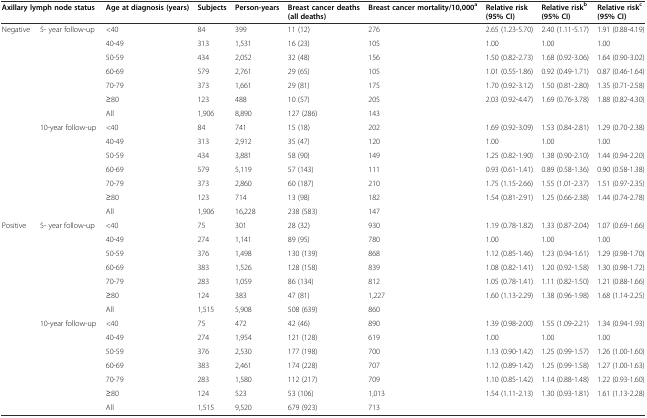
<table><thead><tr><td colspan="2"><b>Axillary lymph node status</b></td><td><b>Age at diagnosis (years)</b></td><td><b>Subjects</b></td><td><b>Person-years</b></td><td><b>Breast cancer deaths (all deaths)</b></td><td><b>Breast cancer mortality/10,000<sup>a</sup></b></td><td><b>Relative risk (95% CI)</b></td><td><b>Relative risk<sup>b</sup>(95% CI)</b></td><td><b>Relative risk<sup>c</sup>(95% CI)</b></td></tr></thead><tbody><tr><td>Negative</td><td>5- year follow-up</td><td>&lt;40</td><td>84</td><td>399</td><td>11 (12)</td><td>276</td><td>2.65 (1.23-5.70)</td><td>2.40 (1.11-5.17)</td><td>1.91 (0.88-4.19)</td></tr><tr><td></td><td></td><td>40-49</td><td>313</td><td>1,531</td><td>16 (23)</td><td>105</td><td>1.00</td><td>1.00</td><td>1.00</td></tr><tr><td></td><td></td><td>50-59</td><td>434</td><td>2,052</td><td>32 (48)</td><td>156</td><td>1.50 (0.82-2.73)</td><td>1.68 (0.92-3.06)</td><td>1.64 (0.90-3.02)</td></tr><tr><td></td><td></td><td>60-69</td><td>579</td><td>2,761</td><td>29 (65)</td><td>105</td><td>1.01 (0.55-1.86)</td><td>0.92 (0.49-1.71)</td><td>0.87 (0.46-1.64)</td></tr><tr><td></td><td></td><td>70-79</td><td>373</td><td>1,661</td><td>29 (81)</td><td>175</td><td>1.70 (0.92-3.12)</td><td>1.50 (0.81-2.80)</td><td>1.35 (0.71-2.58)</td></tr><tr><td></td><td></td><td>≥80</td><td>123</td><td>488</td><td>10 (57)</td><td>205</td><td>2.03 (0.92-4.47)</td><td>1.69 (0.76-3.78)</td><td>1.88 (0.82-4.30)</td></tr><tr><td></td><td></td><td>All</td><td>1,906</td><td>8,890</td><td>127 (286)</td><td>143</td><td></td><td></td><td></td></tr><tr><td></td><td>10-year follow-up</td><td>&lt;40</td><td>84</td><td>741</td><td>15 (18)</td><td>202</td><td>1.69 (0.92-3.09)</td><td>1.53 (0.84-2.81)</td><td>1.29 (0.70-2.38)</td></tr><tr><td></td><td></td><td>40-49</td><td>313</td><td>2,912</td><td>35 (47)</td><td>120</td><td>1.00</td><td>1.00</td><td>1.00</td></tr><tr><td></td><td></td><td>50-59</td><td>434</td><td>3,881</td><td>58 (90)</td><td>149</td><td>1.25 (0.82-1.90)</td><td>1.38 (0.90-2.10)</td><td>1.44 (0.94-2.20)</td></tr><tr><td></td><td></td><td>60-69</td><td>579</td><td>5,119</td><td>57 (143)</td><td>111</td><td>0.93 (0.61-1.41)</td><td>0.89 (0.58-1.36)</td><td>0.90 (0.58-1.38)</td></tr><tr><td></td><td></td><td>70-79</td><td>373</td><td>2,860</td><td>60 (187)</td><td>210</td><td>1.75 (1.15-2.66)</td><td>1.55 (1.01-2.37)</td><td>1.51 (0.97-2.35)</td></tr><tr><td></td><td></td><td>≥80</td><td>123</td><td>714</td><td>13 (98)</td><td>182</td><td>1.54 (0.81-2.91)</td><td>1.25 (0.66-2.38)</td><td>1.44 (0.74-2.78)</td></tr><tr><td></td><td></td><td>All</td><td>1,906</td><td>16,228</td><td>238 (583)</td><td>147</td><td></td><td></td><td></td></tr><tr><td>Positive</td><td>5- year follow-up</td><td>&lt;40</td><td>75</td><td>301</td><td>28 (32)</td><td>930</td><td>1.19 (0.78-1.82)</td><td>1.33 (0.87-2.04)</td><td>1.07 (0.69-1.66)</td></tr><tr><td></td><td></td><td>40-49</td><td>274</td><td>1,141</td><td>89 (95)</td><td>780</td><td>1.00</td><td>1.00</td><td>1.00</td></tr><tr><td></td><td></td><td>50-59</td><td>376</td><td>1,498</td><td>130 (139)</td><td>868</td><td>1.12 (0.85-1.46)</td><td>1.23 (0.94-1.61)</td><td>1.29 (0.98-1.70)</td></tr><tr><td></td><td></td><td>60-69</td><td>383</td><td>1,526</td><td>128 (158)</td><td>839</td><td>1.08 (0.82-1.41)</td><td>1.20 (0.92-1.58)</td><td>1.30 (0.98-1.72)</td></tr><tr><td></td><td></td><td>70-79</td><td>283</td><td>1,059</td><td>86 (134)</td><td>812</td><td>1.05 (0.78-1.41)</td><td>1.11 (0.82-1.50)</td><td>1.21 (0.88-1.66)</td></tr><tr><td></td><td></td><td>≥80</td><td>124</td><td>383</td><td>47 (81)</td><td>1,227</td><td>1.60 (1.13-2.29)</td><td>1.38 (0.96-1.98)</td><td>1.68 (1.14-2.25)</td></tr><tr><td></td><td></td><td>All</td><td>1,515</td><td>5,908</td><td>508 (639)</td><td>860</td><td></td><td></td><td></td></tr><tr><td></td><td>10-year follow-up</td><td>&lt;40</td><td>75</td><td>472</td><td>42 (46)</td><td>890</td><td>1.39 (0.98-2.00)</td><td>1.55 (1.09-2.21)</td><td>1.34 (0.94-1.93)</td></tr><tr><td></td><td></td><td>40-49</td><td>274</td><td>1,954</td><td>121 (128)</td><td>619</td><td>1.00</td><td>1.00</td><td>1.00</td></tr><tr><td></td><td></td><td>50-59</td><td>376</td><td>2,530</td><td>177 (198)</td><td>700</td><td>1.13 (0.90-1.42)</td><td>1.25 (0.99-1.57)</td><td>1.26 (1.00-1.60)</td></tr><tr><td></td><td></td><td>60-69</td><td>383</td><td>2,461</td><td>174 (228)</td><td>707</td><td>1.12 (0.89-1.42)</td><td>1.25 (0.99-1.58)</td><td>1.27 (1.00-1.63)</td></tr><tr><td></td><td></td><td>70-79</td><td>283</td><td>1,580</td><td>112 (217)</td><td>709</td><td>1.10 (0.85-1.42)</td><td>1.14 (0.88-1.48)</td><td>1.22 (0.93-1.60)</td></tr><tr><td></td><td></td><td>≥80</td><td>124</td><td>523</td><td>53 (106)</td><td>1,013</td><td>1.54 (1.11-2.13)</td><td>1.30 (0.93-1.81)</td><td>1.61 (1.13-2.28)</td></tr><tr><td></td><td></td><td>All</td><td>1,515</td><td>9,520</td><td>679 (923)</td><td>713</td><td></td><td></td><td></td></tr></tbody></table>